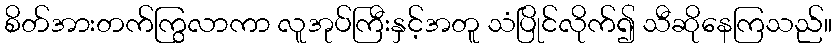
စိတ်အားတက်ကြွလာကာ လူအုပ်ကြီးနှင့်အတူ သံပြိုင်လိုက်၍ သီဆိုနေကြသည်။